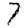
Digit: 7